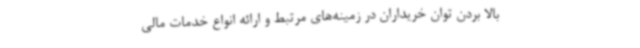
بالا بردن توان خریداران در زمینه‌های مرتبط و ارائه انواع خدمات مالی